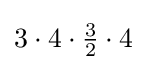
{\textstyle 3\cdot 4\cdot {\frac {3}{2}}\cdot 4}